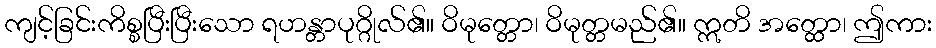
ကျင့်ခြင်းကိစ္စပြီးပြီးသော ရဟန္တာပုဂ္ဂိုလ်၏။ ဝိမုတ္တော၊ ဝိမုတ္တမည်၏။ ဣတိ အတ္ထော၊ ဤကား